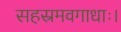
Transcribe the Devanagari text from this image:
सहस्रमवगाधाः।